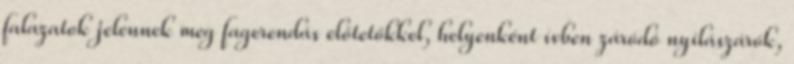
falazatok jelennek meg fagerendás előtetőkkel, helyenként ívben záródó nyílászárók,